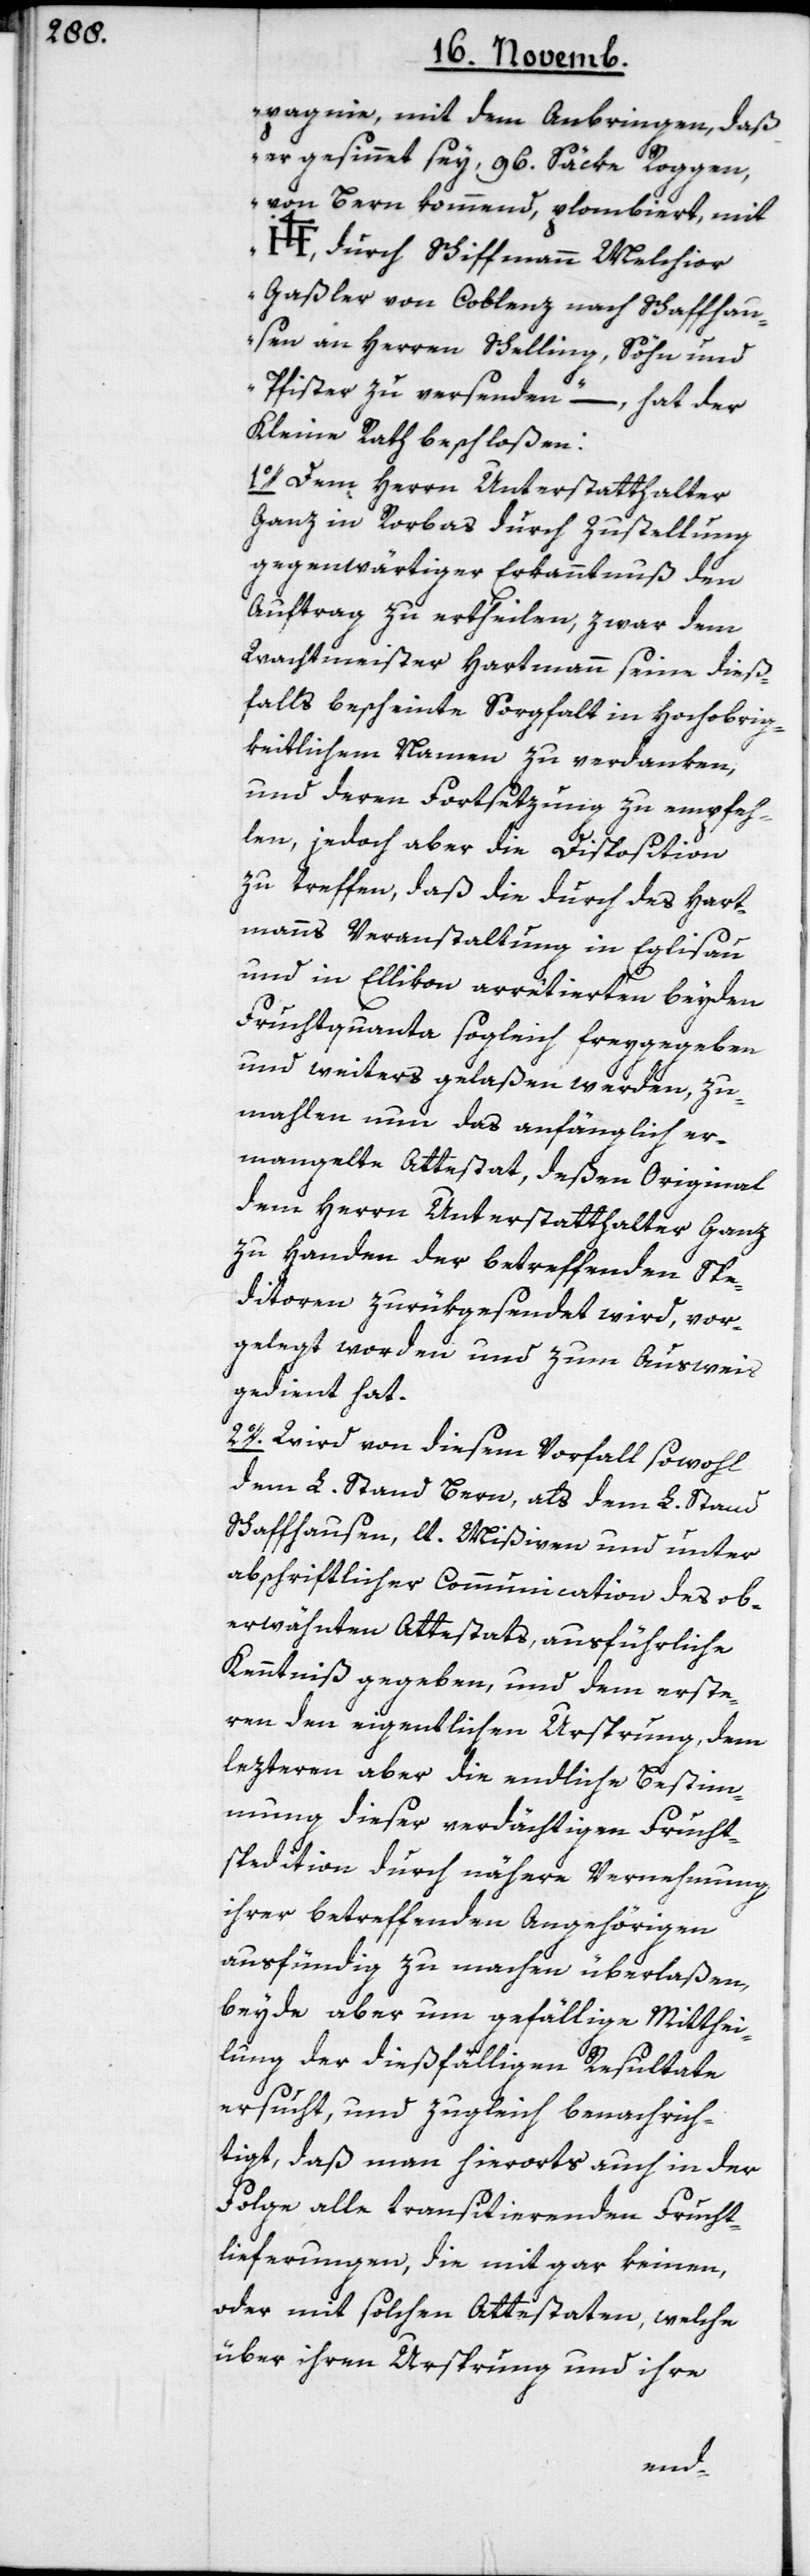
pagnie, mit dem Anbringen, daß
er gesinnet sey, 96. Säcke Roggen,
von Bern kommend, plombiert, mit
O.] durch Schiffmann Melchior
Gaßler von Coblenz nach Schaffhau¬
sen an Herrn Schelling Söhn und
Pfister zu versenden“ – hat der
Kleine Rath beschloßen:
1o. Dem Herrn Unterstatthalter
Ganz in Rorbas durch Zustellung
gegenwärtiger Erkanntnuß den
Auftrag zu ertheilen, zwar dem
Wachtmeister Hartmann seine dieß¬
falls bescheinte Sorgfalt in Hochobrig¬
keitlichem Namen zu verdanken,
und deren Fortsetzung zu empfeh¬
len, jedoch aber die Disposition
zu treffen, daß die durch des Hart¬
manns Veranstaltung in Eglisau
und in Ellikon arretierten beyden
Fruchtquanta sogleich freygegeben
und weiters gelaßen werden, zu¬
mahlen nun das anfänglich er¬
mangelte Attestat, deßen Original
dem Herrn Unterstatthalter Ganz
zu Handen der betreffenden Spe¬
ditoren zurükgesendet wird, vor¬
gelegt worden und zum Ausweis
gedient hat.
2o. Wird von diesem Vorfall sowohl
dem L. Stand Bern, als dem L. Stand
Schaffhausen, lt. Mißiven und unter
abschriftlicher Communication des ob¬
erwähnten Attestats, ausführliche
Kenntniß gegeben, und dem erste¬
ren den eigentlichen Ursprung, dem
lezteren aber die endliche Bestim¬
mung dieser verdächtigen Frucht¬
spedition durch nähere Vernehmung
ihrer betreffenden Angehörigen
ausfündig zu machen überlaßen,
beyde aber um gefällige Mitthei¬
lung der dießfälligen Resultate
ersucht, und zugleich benachrich¬
tigt, daß man hierorts auch in der
Folge alle transitierenden Frucht¬
lieferungen, die mit gar keinen,
oder mit solchen Attestaten, welche
über ihren Ursprung und ihre